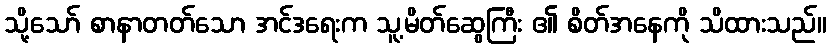
သို့သော် စာနာတတ်သော အင်ဒရေးက သူ့မိတ်ဆွေကြီး ၏ စိတ်အနေကို သိထားသည်။